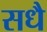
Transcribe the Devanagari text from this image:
सधै